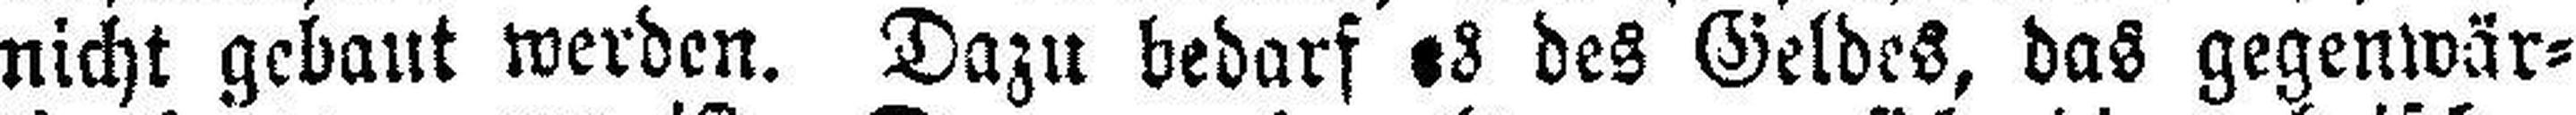
nicht gebaut werden. Dazu bedarf es des Geldes, das gegenwär¬